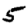
Digit: 5